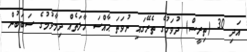
އަދި 30 (ތިރީސް) ދުވަހުގެ ތެރޭގައި ނުވަތަ ޙާއްސަ ހާލަތެއް ދިމާވުމުގެ ސަބަބުން